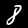
Label: 8